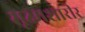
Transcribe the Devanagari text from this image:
सूक्ष्मशारीर